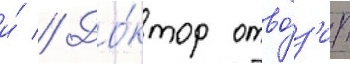
и́ // До́ктор отво́з'ит